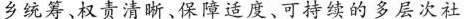
乡统筹、权责清晰、保障适度、可持续的多层次社